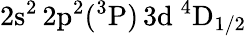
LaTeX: \mathrm{2s^{2}\, 2p^{2}(^{3}P)\, 3d~^{4}D_{1/2}}